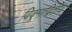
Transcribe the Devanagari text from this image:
विक्र्माद्वितीय